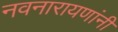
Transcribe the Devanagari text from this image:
नवनारायणांनी